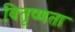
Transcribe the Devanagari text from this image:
वितृष्णता